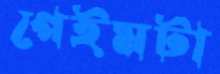
গেইমটা